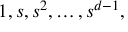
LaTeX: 1 , s , s ^ { 2 } , \ldots , s ^ { d - 1 } ,